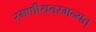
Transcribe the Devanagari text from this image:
रमणीयतरमन्यत्